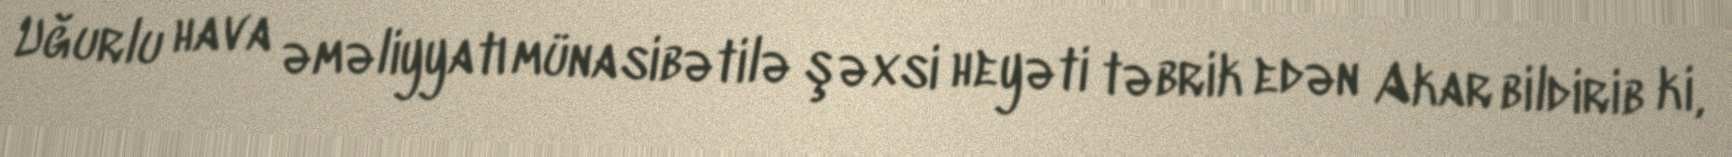
Uğurlu hava əməliyyatı münasibətilə şəxsi heyəti təbrik edən Akar bildirib ki,